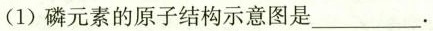
(1)磷元素的原子结构示意图是___.